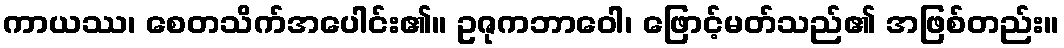
ကာယဿ၊ စေတသိက်အပေါင်း၏။ ဥဇုကဘာဝေါ၊ ဖြောင့်မတ်သည်၏ အဖြစ်တည်း။